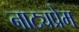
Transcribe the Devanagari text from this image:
नाट्यप्रेम